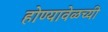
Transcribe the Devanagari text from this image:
होण्यावेळच्यी